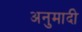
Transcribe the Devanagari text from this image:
अनुमादी